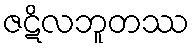
ဇဋိလဘူတဿ